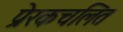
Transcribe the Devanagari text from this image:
प्रेरकचलित